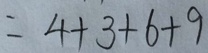
= 4 + 3 + 6 + 9